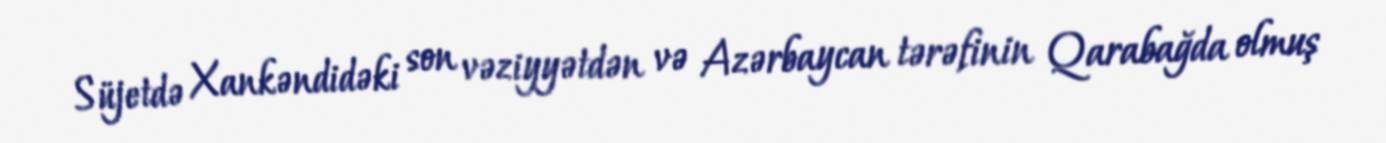
Süjetdə Xankəndidəki son vəziyyətdən və Azərbaycan tərəfinin Qarabağda olmuş